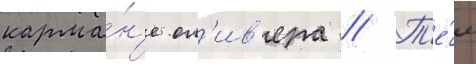
карма́н'е ол'ив'ера // Т'е́м